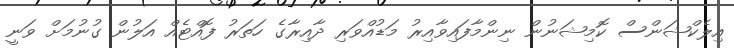
އިލެކްޝަންސް ކޮމިޝަނުން ނިންމާފައިވާއިރު މަޑުއްވަރި ދާއިރާގެ ހަތަރު ފޮއްޓެއް އަލުން ގުނުމަށް ވަނީ